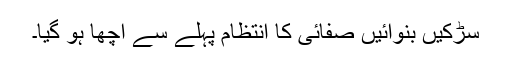
سڑکیں بنوائیں صفائی کا انتظام پہلے سے اچھا ہو گیا۔